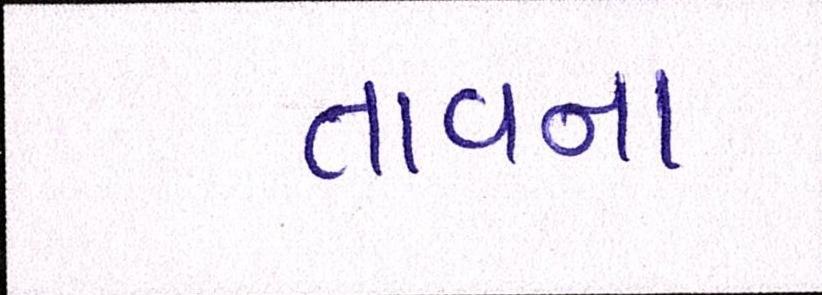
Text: તાવના